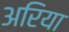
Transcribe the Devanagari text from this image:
अरिया